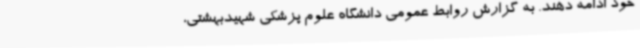
خود ادامه دهند. به گزارش روابط عمومی دانشگاه علوم پزشکی شهیدبهشتی،